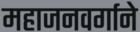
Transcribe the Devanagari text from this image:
महाजनवर्गाने